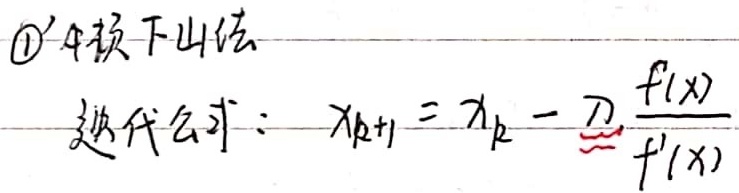
\textcircled{1} 牛顿下山法迭代公式：$x_{k + 1}=x_{k}-\lambda\frac{f(x_{k})}{f'(x_{k})}$
// 这里原内容中$x$应该是$x_k$，猜测是遗漏，按照修正规则及合理推测给出此结果。若实际不应修正$x$，则将$x_{k + 1}=x_{k}-\lambda\frac{f(x_{k})}{f'(x_{k})}$改为$x_{k + 1}=x_{k}-\lambda\frac{f(x)}{f'(x)}$即可。